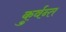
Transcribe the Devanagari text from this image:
कुर्वन्त